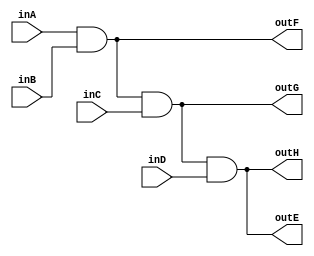
`timescale 1ns / 1ps

module four_and(inA, inB, inC, inD, outE, outF, outG, outH);

input inA, inB, inC, inD;
output outE, outF, outG, outH;

assign outF = inA & inB;
assign outG = outF & inC;
assign outH = outG & inD;
assign outE = inA & inB & inC & inD;

endmodule